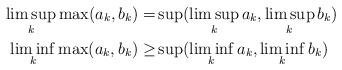
LaTeX: \begin{align*}\limsup_k \max(a_k,b_k)=&\sup (\limsup_k a_k,\limsup_k b_k)\\\liminf_k \max(a_k,b_k)\geq& \sup (\liminf_k a_k,\liminf_k b_k)\end{align*}